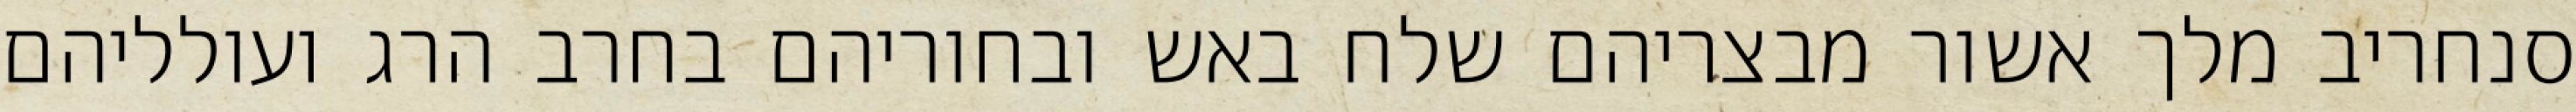
סנחריב מלך אשור מבצריהם שלח באש ובחוריהם בחרב הרג ועולליהם